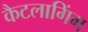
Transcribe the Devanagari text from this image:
कैटलागिंग